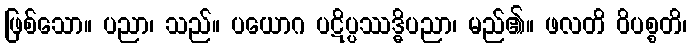
ဖြစ်သော။ ပညာ၊ သည်။ ပယောဂ ပဋိပ္ပဿဒ္ဓိပညာ၊ မည်၏။ ဖလတိ ဝိပစ္စတိ၊